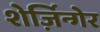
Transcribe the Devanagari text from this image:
शेर्ज़िन्गेर